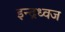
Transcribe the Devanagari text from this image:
इन्द्रध्वज